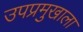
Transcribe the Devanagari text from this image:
उपप्रमुखाला